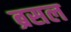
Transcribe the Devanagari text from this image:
ब्रसल